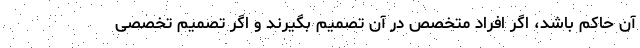
آن حاکم باشد، اگر افراد متخصص در آن تصمیم بگیرند و اگر تصمیم تخصصی